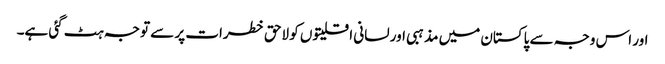
اور اس وجہ سے پاکستان میں مذہبی اور لسانی اقلیتوں کو لاحق خطرات پر سے توجہ ہٹ گئی ہے۔